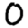
Digit: 0